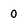
Character: 0